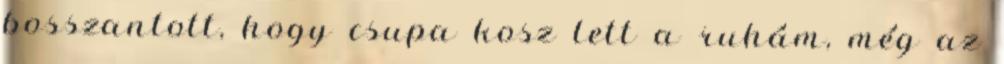
bosszantott, hogy csupa kosz lett a ruhám, még az